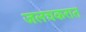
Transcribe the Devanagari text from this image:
जलचकरात